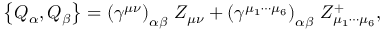
\left\{ Q _ { \alpha } , Q _ { \beta } \right\} = \left( \gamma ^ { \mu \nu } \right) _ { \alpha \beta } \, Z _ { \mu \nu } + \left( \gamma ^ { \mu _ { 1 } \cdots \mu _ { 6 } } \right) _ { \alpha \beta } \, Z _ { \mu _ { 1 } \cdots \mu _ { 6 } } ^ { + } ,